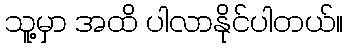
သူ့မှာ အထိ ပါလာနိုင်ပါတယ်။